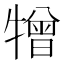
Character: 𤛢